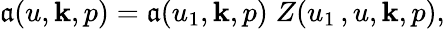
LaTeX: \mathfrak{a}(u,{\mathbf{k}},p)=\mathfrak{a}(u_{1},{\mathbf{k}},p)\; Z(u_{1}\, ,u,{\mathbf{k}},p),